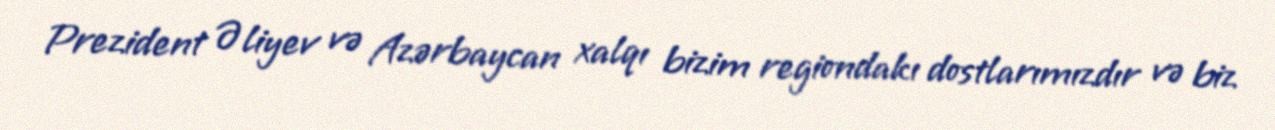
Prezident Əliyev və Azərbaycan xalqı bizim regiondakı dostlarımızdır və biz